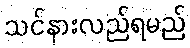
သင်နားလည်ရမည်